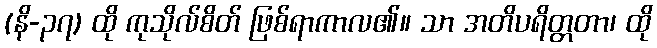
(နိ-၃၇) ထို ကုသိုလ်စိတ် ဖြစ်ရာကာလ၏။ သာ အတိပရိတ္တတာ၊ ထို